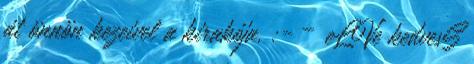
át önnön kezeivel a kirakója. :- – eLVe kedvesS